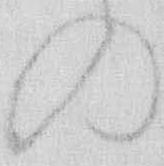
の